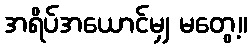
အရိပ်အယောင်မျှ မတွေ့။